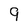
Character: 9